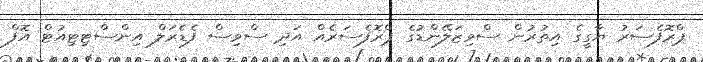
ޕްރޮފެސަރު ޔާގީގެ އިތުރުން ސްވިޒަލޭންޑުގެ ޕްރޮފެސަރެއް އަދި ސްވިސް ފެޑެރަލް އިންސްޓިޓިއުޓް އޮފް